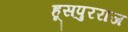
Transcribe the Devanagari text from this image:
हूसपुरराज